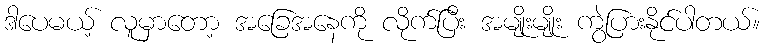
ဒါပေမယ့် လူမှာတော့ အခြေအနေကို လိုက်ပြီး အမျိုးမျိုး ကွဲပြားနိုင်ပါတယ်။